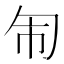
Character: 𭅈